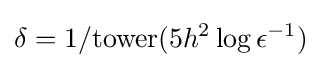
\delta =1/{\text{tower}}(5h^{2}\log \epsilon ^{-1})